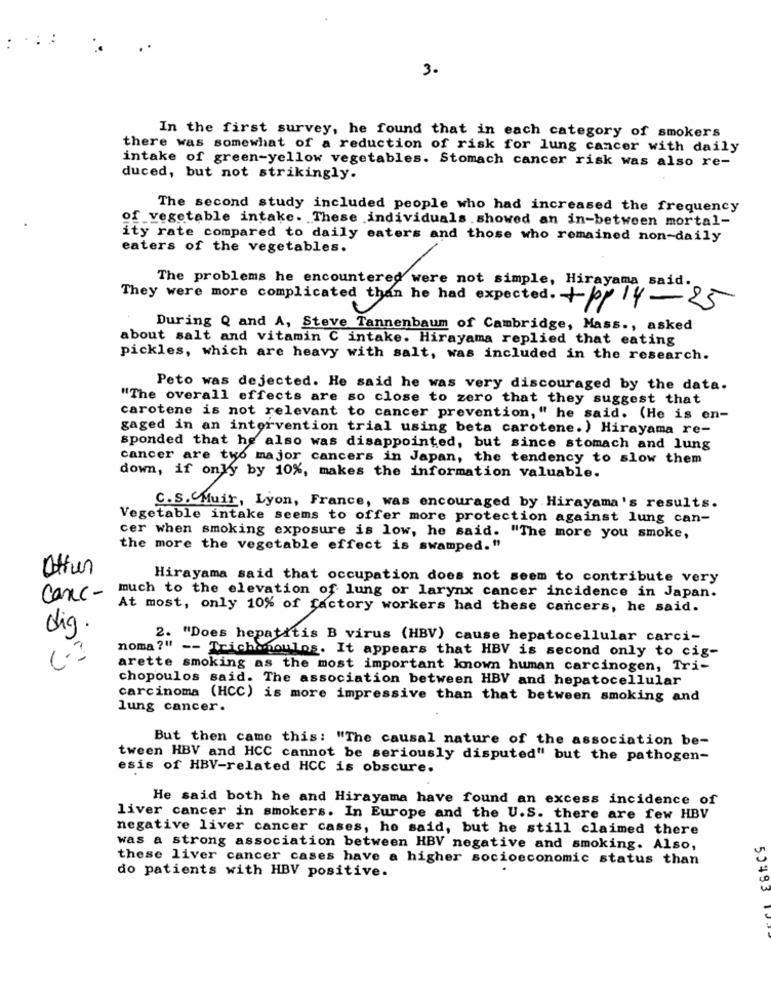
3.
In the first survey, he found that in each category of smokers
there was somewhat of a reduction of risk for lung cancer with daily
intake of green-yellow vegetables. Stomach cancer risk was also re-
duced, but not strikingly.
The second study included people who had increased the frequency
of vegetable intake. These individuals . showed an in-between mortal-
ity rate compared to daily eaters and those who remained non-daily
eaters of the vegetables.
The problems he encountered were not simple, Hirayama said.
They were more complicated than he had expected. +pp 14-25
he he had
During Q and A, Steve Tannenbaum of Cambridge, Mass ., asked
about salt and vitamin C intake. Hirayama replied that eating
pickles, which are heavy with salt, was included in the research.
Peto was dejected. He said he was very discouraged by the data.
"The overall effects are so close to zero that they suggest that
carotene is not relevant to cancer prevention," he said. (He is en-
gaged in an intervention trial using beta carotene.) Hirayama re-
sponded that he also was disappointed, but since stomach and lung
cancer are two major cancers in Japan, the tendency to slow them
down, if only by 10%, makes the information valuable.
C.S.Muir, Lyon, France, was encouraged by Hirayama's results.
Vegetable intake seems to offer more protection against lung can-
cer when smoking exposure is low, he said. "The more you smoke,
the more the vegetable effect is swamped."
Ottur
Hirayama said that occupation does not seem to contribute very
canc-
much to the elevation of lung or larynx cancer incidence in Japan.
At most, only 10% of factory workers had these cancers, he said.
dig.
2. "Does hepatitis B virus (HBV) cause hepatocellular carci-
noma ?" -- Trichonoulos. It appears that HBV is second only to cig-
arette smoking as the most important known human carcinogen, Tri-
chopoulos said. The association between HBV and hepatocellular
carcinoma (HCC) is more impressive than that between smoking and
lung cancer.
But then came this: "The causal nature of the association be-
tween HBV and HCC cannot be seriously disputed" but the pathogen-
esis of HBV-related HCC is obscure.
He said both he and Hirayama have found an excess incidence of
liver cancer in smokers. In Europe and the U.S. there are few HBV
negative liver cancer cases, he said, but he still claimed there
was a strong association between HBV negative and smoking. Also,
these liver cancer cases have a higher socioeconomic status than
do patients with HBV positive.
50493